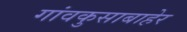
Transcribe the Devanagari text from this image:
गांवकुसाबाहेर